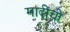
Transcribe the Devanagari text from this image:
मादींची